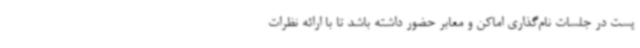
پست در جلسات نام‌گذاری اماکن و معابر حضور داشته باشد تا با ارائه نظرات